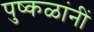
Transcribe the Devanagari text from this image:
पुष्कळांनीं